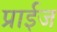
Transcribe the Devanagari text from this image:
प्राईज